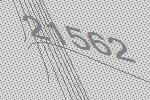
21562